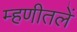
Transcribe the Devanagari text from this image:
म्हणीतलें